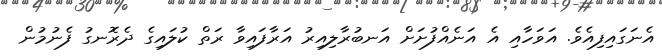
އެނަގައިފިއެވެ. އަވަހާއި އެ އަނެއްފުށަށް އަނބުރާލިއިރު އަރާފައިވާ ރަތް ކުލައިގެ ދެރޮނގު ފެނުމުން